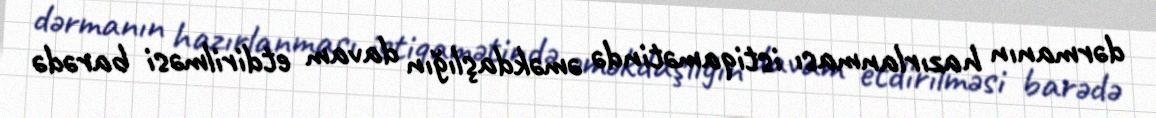
dərmanın hazırlanması istiqamətində əməkdaşlığın davam etdirilməsi barədə